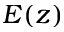
E ( z )